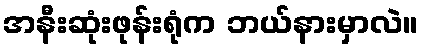
အနီးဆုံးဖုန်းရုံက ဘယ်နားမှာလဲ။